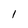
Character: 1